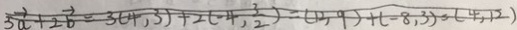
5 \overrightarrow { a } + 2 \overrightarrow { b } = 3 ( 4 , 3 ) + 2 ( - 4 , \frac { 3 } { 2 } ) = ( 1 2 , 9 ) + ( - 8 , 3 ) = ( 4 , 1 2 )